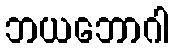
ဘယဘောဂါ